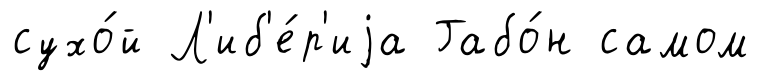
сухо́й Л'иб'е́р'иjа Габо́н самом